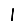
Digit: 1